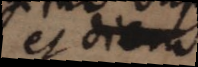
et diem